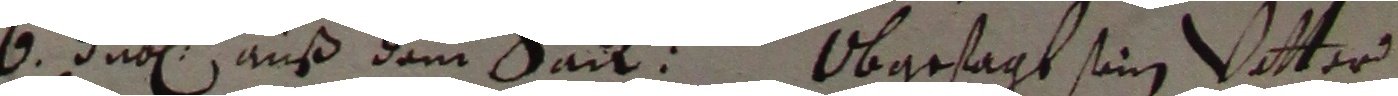
6. dut auß dem satt. Obgesagt sein vatter